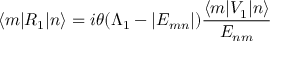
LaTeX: \langle m | R _ { 1 } | n \rangle = i \theta ( \Lambda _ { 1 } - | E _ { m n } | ) { \frac { \langle m | V _ { 1 } | n \rangle } { E _ { n m } } }